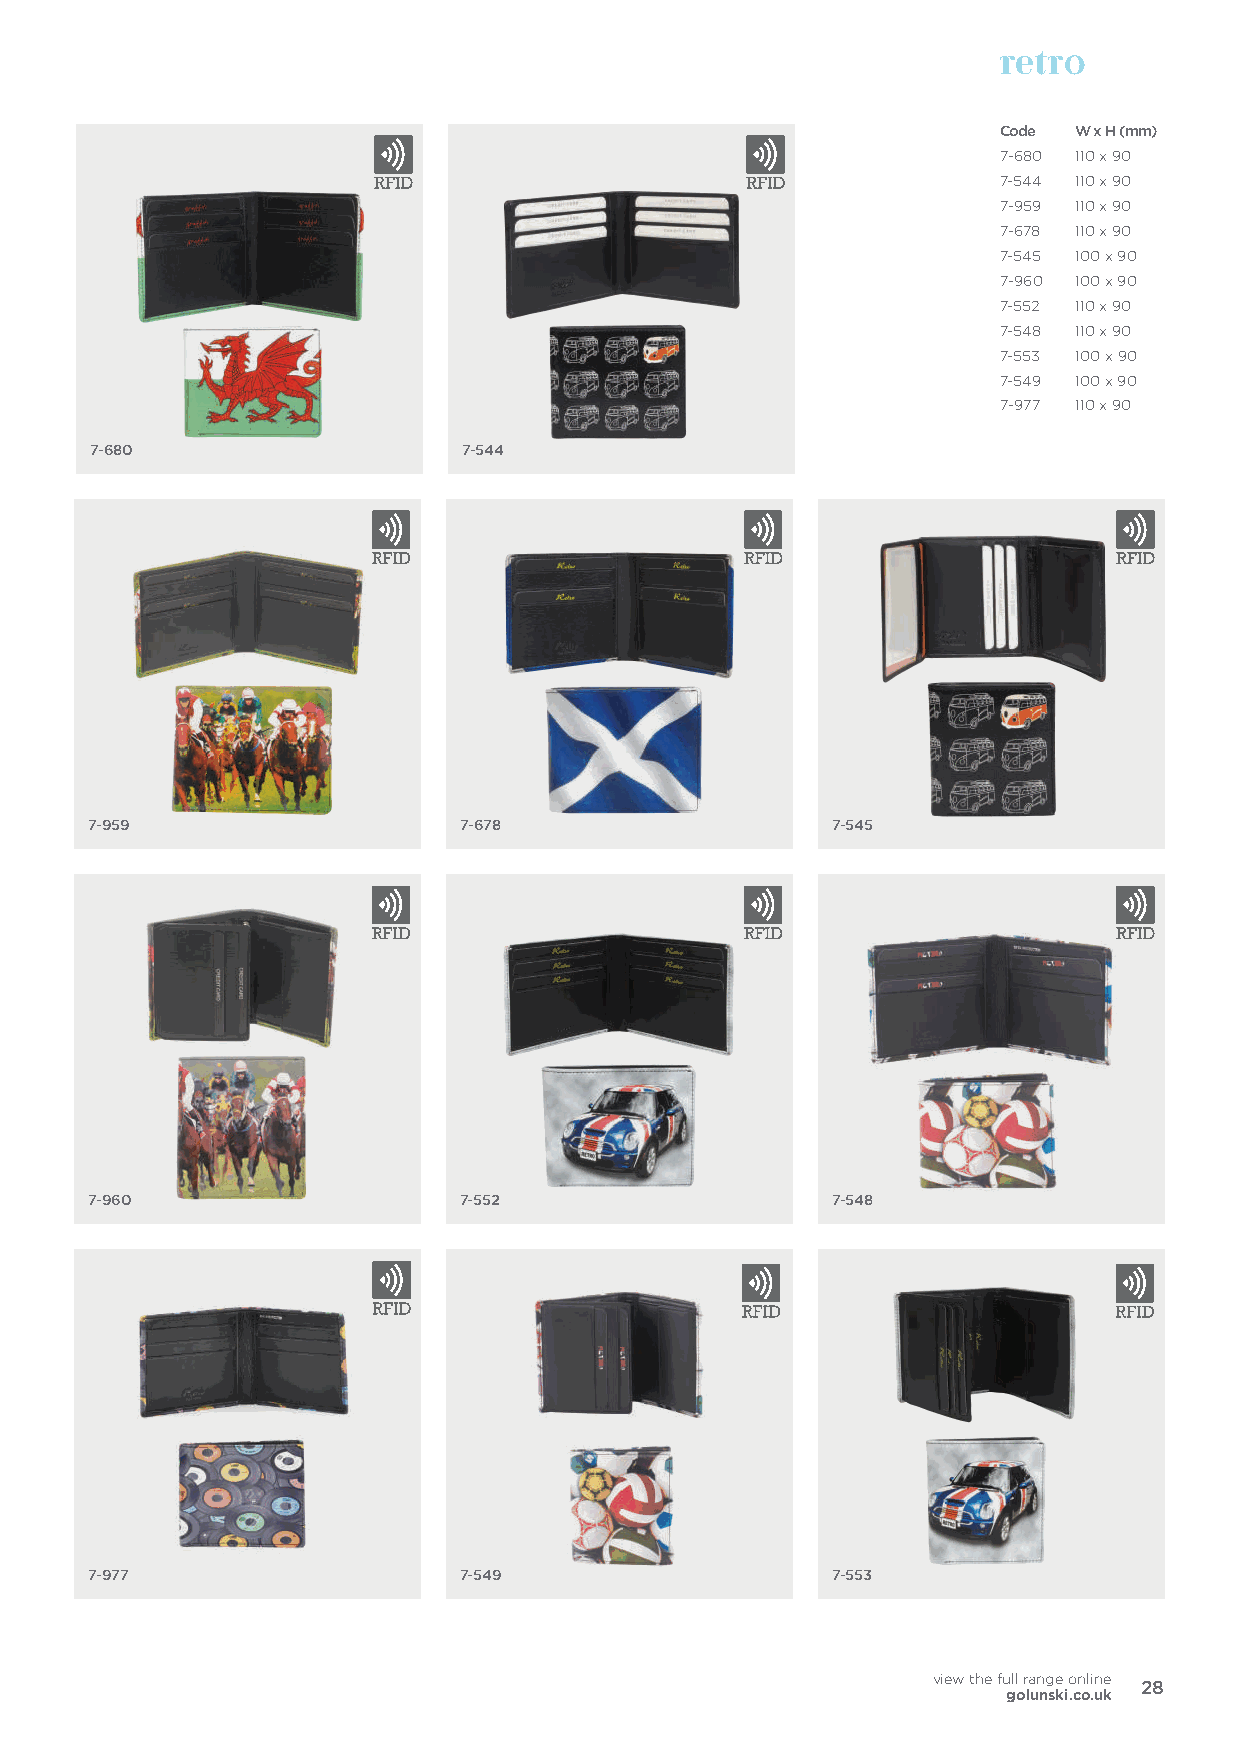
retro
 Code W x H (mm)
 7-680 110 x 90
 7-544 110 x 90
 7-959 110 x 90
 7-678 110 x 90
 7-545 100 x 90
 7-960 100 x 90
 7-552 110 x 90
 7-548 110 x 90
 7-553 100 x 90
 7-549 100 x 90
 7-977 110 x 90
 7-680                    7-544
 7-959                    7-678                   7-545
 7-960                    7-552                   7-548
 7-977                    7-549                   7-553
 view the full range online
 28
 golunski.co.uk